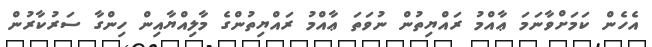
އެހެން ކަމަށްވާނަމަ ޢާއްމު ރައްޔިތުން ނުވަތަ ޢާއްމު ރައްޔިތުންގެ މާލިއްޔާއިން ހިންގާ ސަރުކާރުން